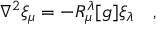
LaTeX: \nabla ^ { 2 } \xi _ { \mu } = - R _ { \mu } ^ { \lambda } [ g ] \xi _ { \lambda } ~ ~ ~ ,